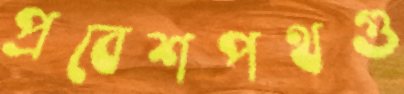
প্রবেশপথগু